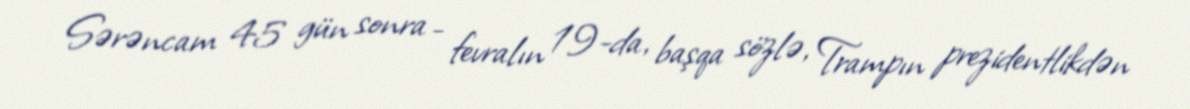
Sərəncam 45 gün sonra - fevralın 19-da, başqa sözlə, Trampın prezidentlikdən